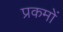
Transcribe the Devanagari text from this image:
प्रकमों